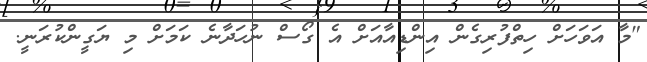
"މާ އަވަހަށް ހިތްފުރިގެން އިންޑިއާއަށް އެ ގޯސް ނުހަދާނެ ކަމަށް މި ޔަގީންކުރަނީ.